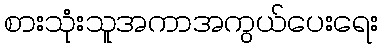
စားသုံးသူအကာအကွယ်ပေးရေး